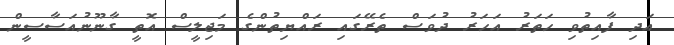
އަދި ފާއިތުވި ހަތަރު އަހަރު ދުވަސް ތެރޭގައި ރައްޔިތުންގެ މަޖިލީސް އޮތީ ގާނޫނުއަސާސީން